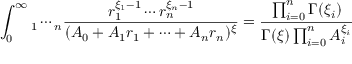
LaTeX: \int _ { 0 } ^ { \infty } \d r _ { 1 } \cdots \d r _ { n } \frac { r _ { 1 } ^ { \xi _ { 1 } - 1 } \cdots r _ { n } ^ { \xi _ { n } - 1 } } { ( A _ { 0 } + A _ { 1 } r _ { 1 } + \cdots + A _ { n } r _ { n } ) ^ { \xi } } = \frac { \prod _ { i = 0 } ^ { n } \Gamma ( \xi _ { i } ) } { \Gamma ( \xi ) \prod _ { i = 0 } ^ { n } A _ { i } ^ { \xi _ { i } } }